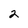
Character: 2